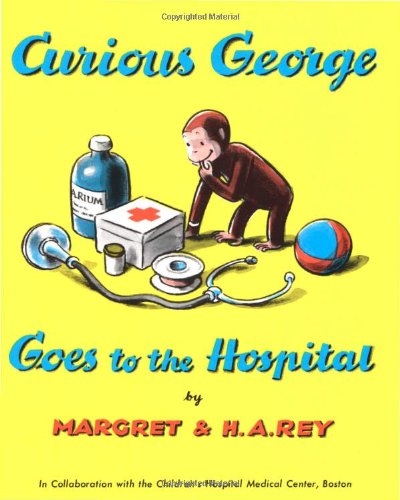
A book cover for Curious George Goes to the Hospital; H. A. Rey; Children's Books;